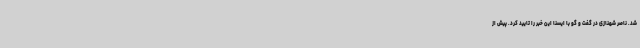
شد. ناصر شهنازی در گفت و گو با ایسنا این خبر را تایید کرد. پیش از